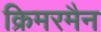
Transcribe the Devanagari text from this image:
क्रिमरमैन